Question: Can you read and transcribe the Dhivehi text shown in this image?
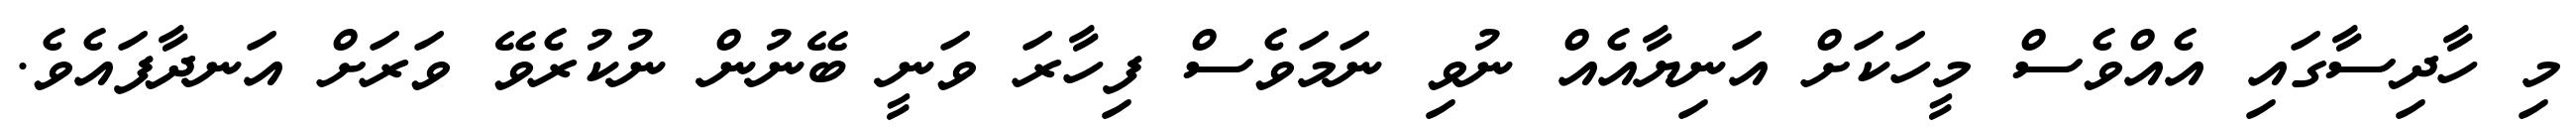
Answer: މި ހާދިސާގައި އެއްވެސް މީހަކަށް އަނިޔާއެއް ނުވި ނަމަވެސް ފިހާރަ ވަނީ ބޭނުން ނުކުރެވޭ ވަރަށް އަނދާފައެވެ.